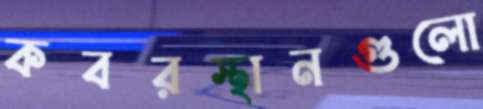
কবরস্থানগুলো